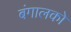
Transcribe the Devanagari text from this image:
बंगालको